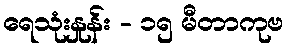
ရေသုံးနှုန်း - ၁၅ မီတာကုဗ